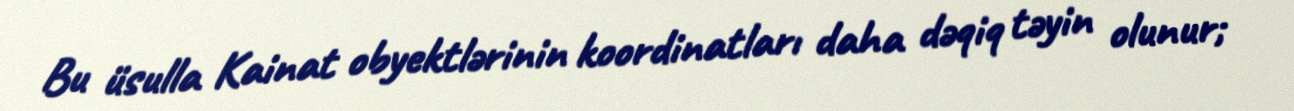
Bu üsulla Kainat obyektlərinin koordinatları daha dəqiq təyin olunur;